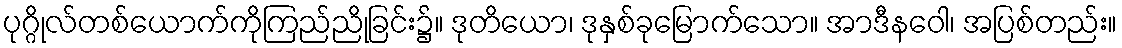
ပုဂ္ဂိုလ်တစ်ယောက်ကိုကြည်ညိုခြင်း၌။ ဒုတိယော၊ ဒုနှစ်ခုမြောက်သော။ အာဒီနဝေါ၊ အပြစ်တည်း။